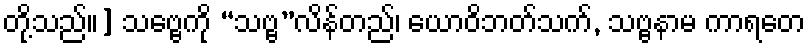
တို့သည်။] သဗ္ဗေကို “သဗ္ဗ”လိန်တည်၊ ယောဝိဘတ်သက်, သဗ္ဗနာမ ကာရတေ